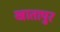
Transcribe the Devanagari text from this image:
खातापुर